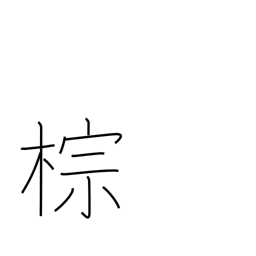
Meaning: hemp palm